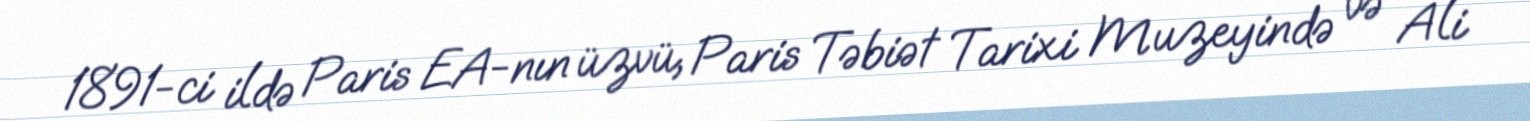
1891-ci ildə Paris EA-nın üzvü, Paris Təbiət Tarixi Muzeyində və Ali